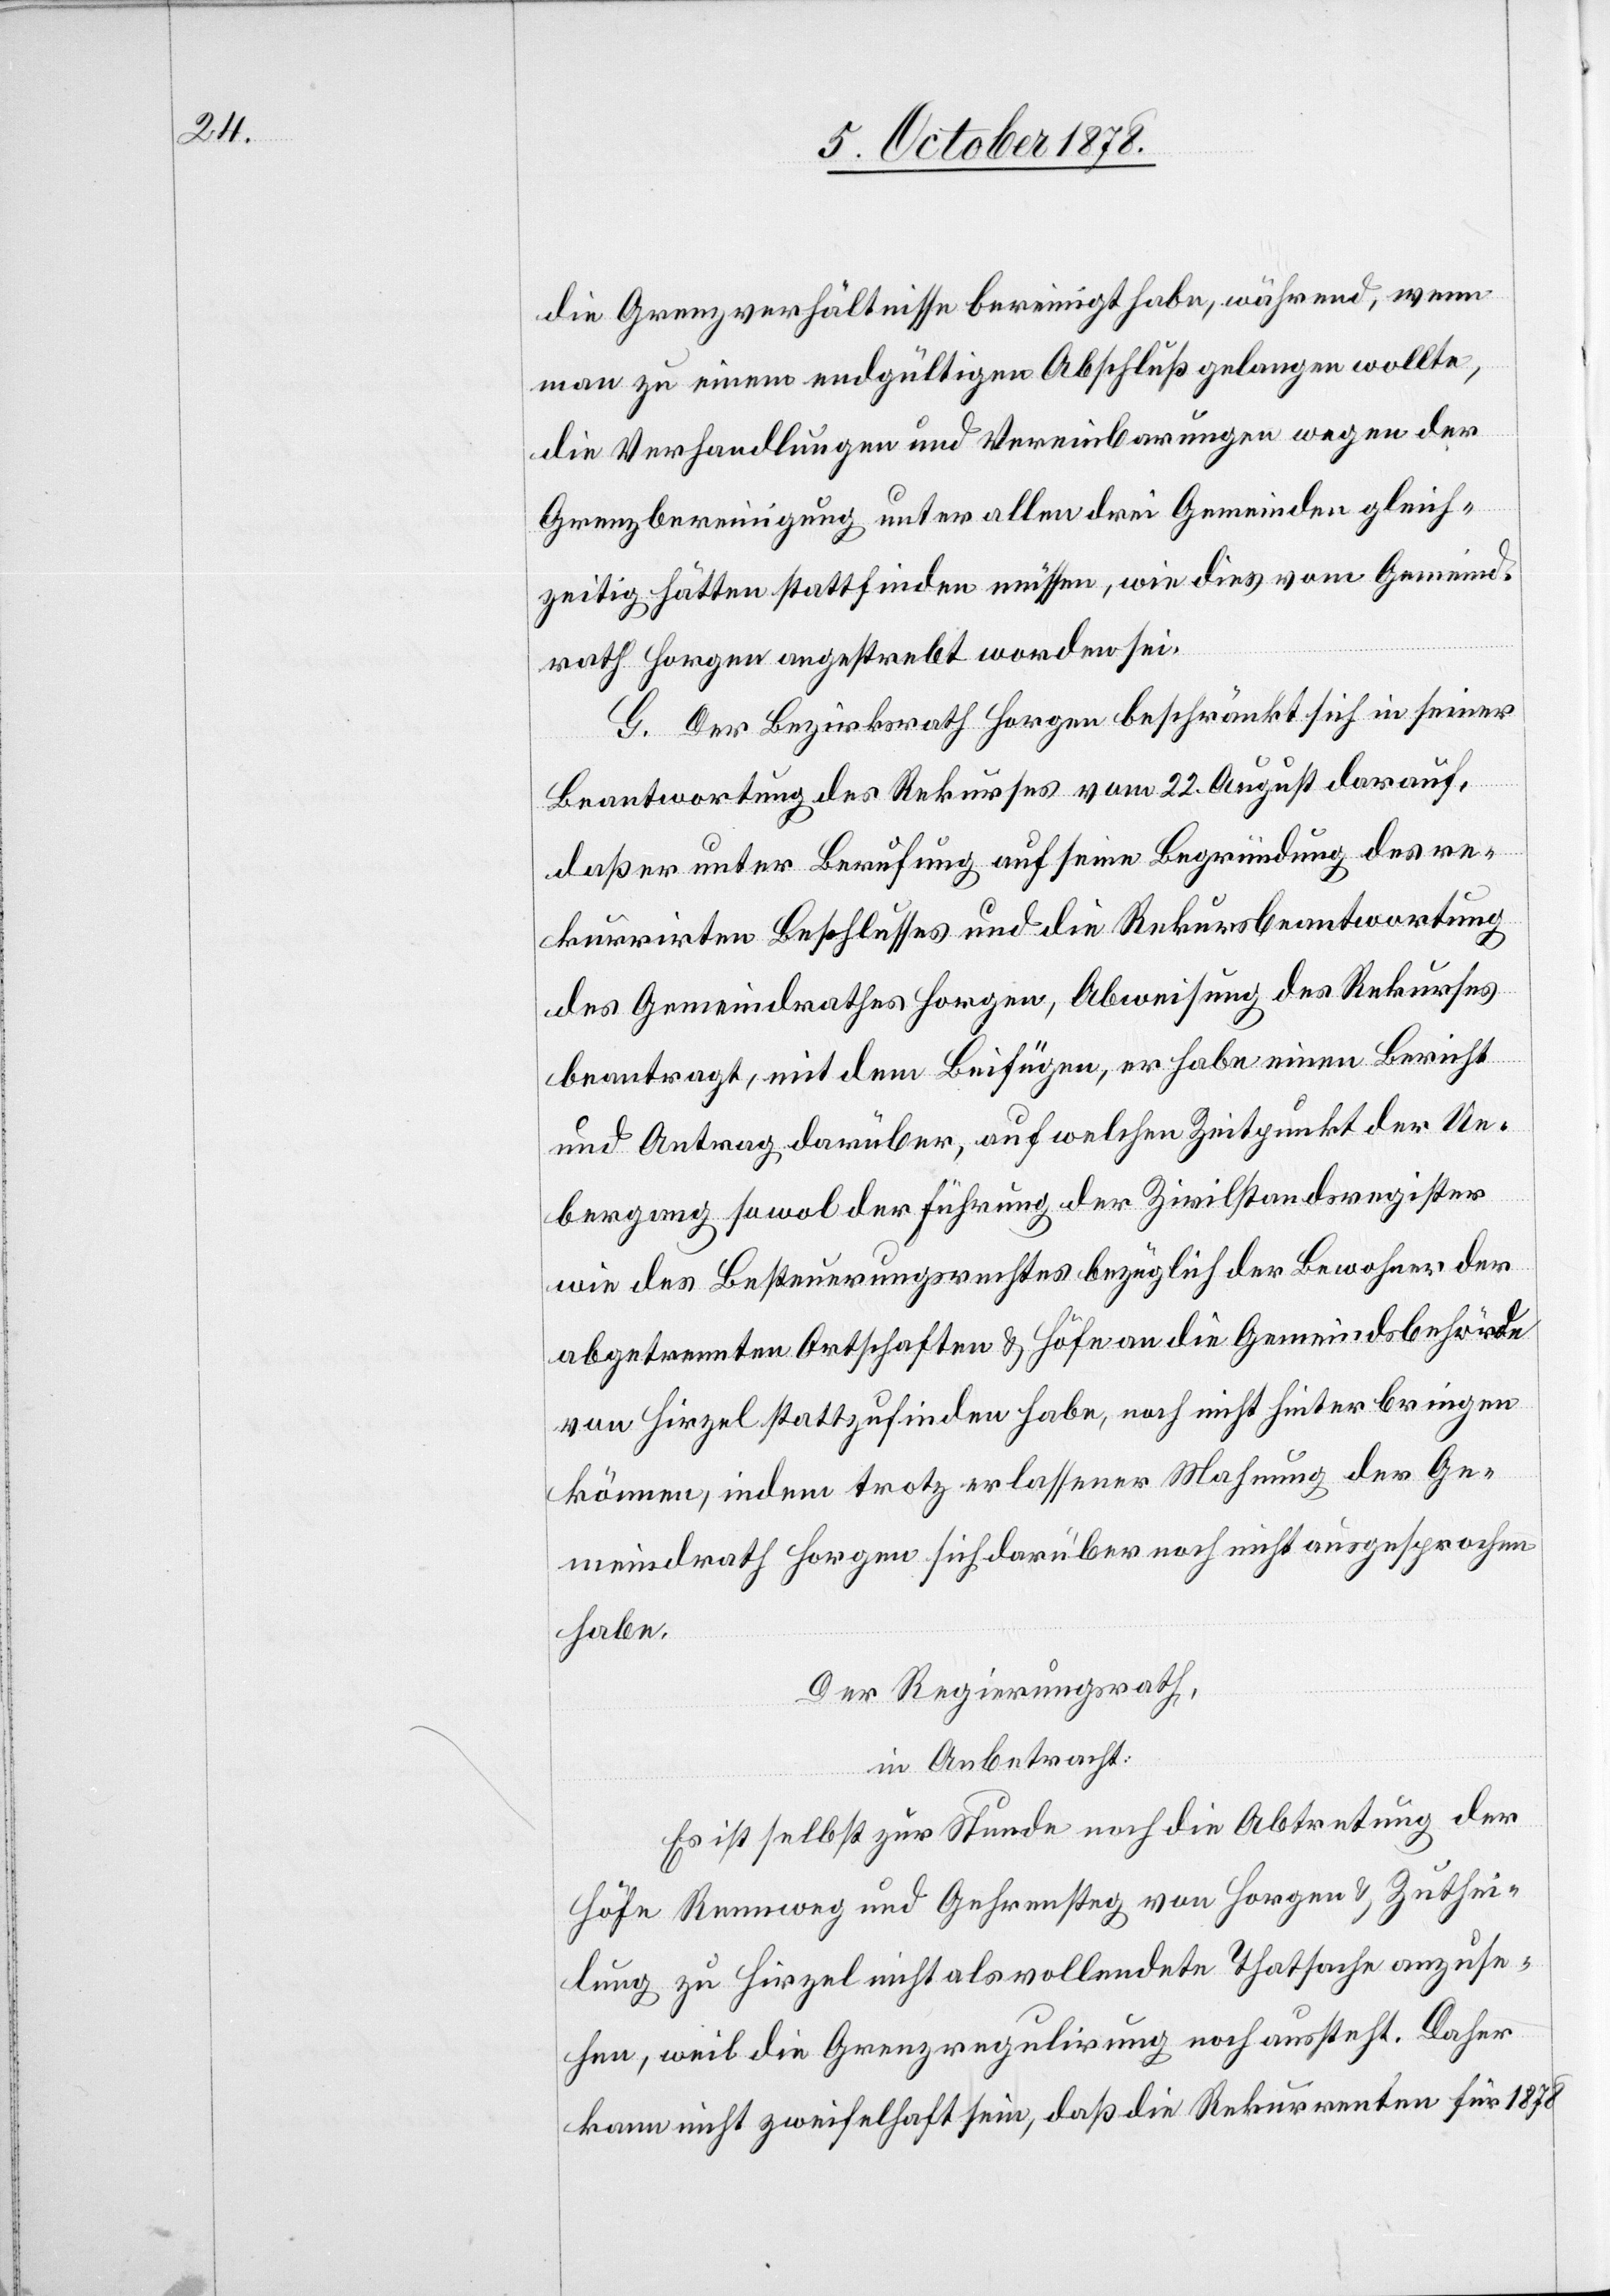
die Grenzverhältnisse bereinigt habe, während, wenn
man zu einem endgültigen Abschluß gelangen wollte,
die Verhandlungen und Vereinbarungen wegen der
Grenzbereinigung unter allen drei Gemeinden gleich¬
zeitig hätten stattfinden müssen, wie dies vom Gemeind¬
rath Horgen angestrebt worden sei.
G. Der Bezirksrath Horgen beschränkt sich in seiner
Beantwortung des Rekurses vom 22. August darauf,
daß er unter Berufung auf seine Begründung des re¬
kurrirten Beschlusses und die Rekursbeantwortung
des Gemeindrathes Horgen, Abweisung des Rekurses
beantragt, mit dem Beifügen, er habe einen Bericht
und Antrag darüber, auf welchen Zeitpunkt der Ue¬
bergang sowol der Führung der Zivilstandsregister
wie des Besteuerungsrechtes bezüglich der Bewohner der
abgetrennten Ortschaften & Höhe an die Gemeindsbehörde
von Hirzel stattzufinden habe, noch nicht hinterbringen
können, indem trotz erlassener Mahnung der Ge¬
meindrath Horgen sich darüber noch nicht ausgesprochen
habe.
Der Regierungsrath,
in Anbetracht:
Es ist selbst zur Stunde noch die Abtretung der
Höfe Rennweg und Gehrensteg von Horgen & Zuthei¬
lung zu Hirzel nicht als vollendete Thatsache anzuse¬
hen, weil die Grenzregulirung noch aussteht. Daher
kann nicht zweifelhaft sein, daß die Rekurrenten für 1878